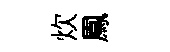
炊鳳